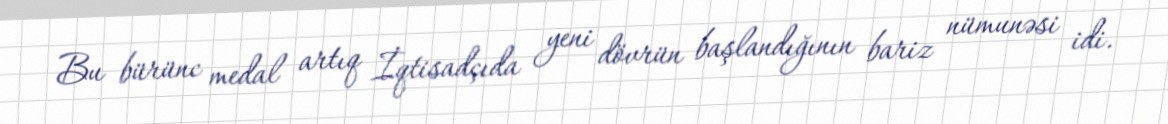
Bu bürünc medal artıq İqtisadçıda yeni dövrün başlandığının bariz nümunəsi idi.